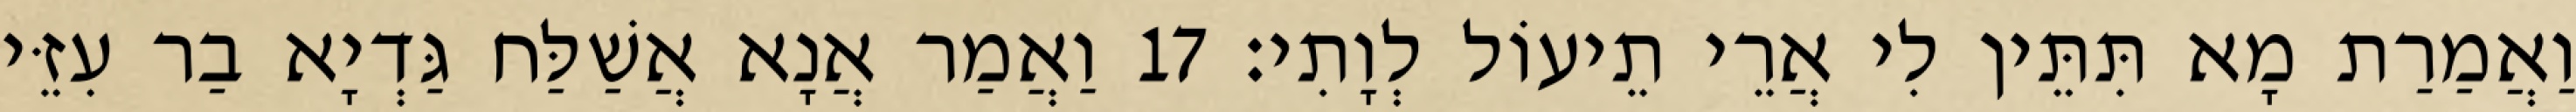
וַאֲמַרַת מָא תִּתֵּין לִי אֲרֵי תֵיעוֹל לְוָתִי׃ 17 וַאֲמַר אֲנָא אֲשַׁלַּח גַּדְיָא בַר עִזֵּי